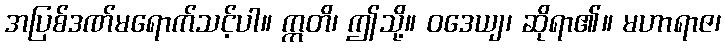
အပြစ်ဒဏ်မရောက်သင့်ပါ။ ဣတိ၊ ဤသို့။ ဝဒေယျ၊ ဆိုရာ၏။ မဟာရာဇ၊